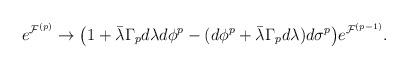
LaTeX: \begin{align*}e^{{\cal F}^{(p)}} \rightarrow \big(1 + \bar\lambda \Gamma_p d \lambda d \phi^p -(d \phi^p + \bar\lambda \Gamma_p d\lambda)d \sigma^p\big) e^{{\cal F}^{(p-1)}}.\end{align*}